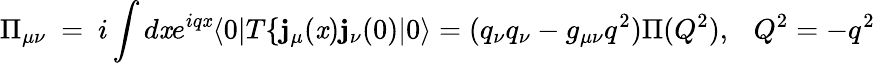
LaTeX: \Pi_{\mu\nu}~=~i\int{d\mathit{x}e^{iq\mathit{x}}\langle0|T\{ \mathbf{j}_{\mu}(\mathit{x})\mathbf{j}_{\nu}(0)|0\rangle}=(q_{\nu}q_{\nu}-g_{\mu\nu}q^{2})\Pi(Q^{2}),~~~Q^{2}=-q^{2}